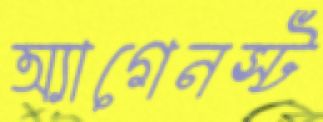
অ্যাগেনস্ট